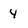
Character: 4